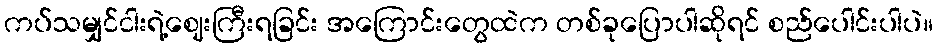
ကပ်သမျှင်ငါးရဲ့ဈေးကြီးရခြင်း အကြောင်းတွေထဲက တစ်ခုပြောပါဆိုရင် စည်ပေါင်းပါပဲ။